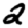
Digit: 2